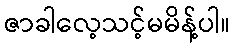
ဇာခါလေ့သင့်မမိန့်ပါ။